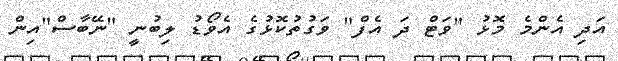
އަދި އެންމެ މޮޅު "ވަޓް ދަ އެފް" ވަގުތުކޮޅުގެ އެވޯޑު ލިބުނީ "ނޭބާސް"އިން